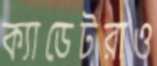
ক্যাডেটরাও